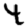
Digit: 4